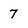
Character: 7